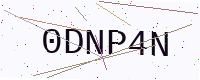
Text: 0DNP4N